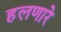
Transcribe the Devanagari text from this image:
हलणारे